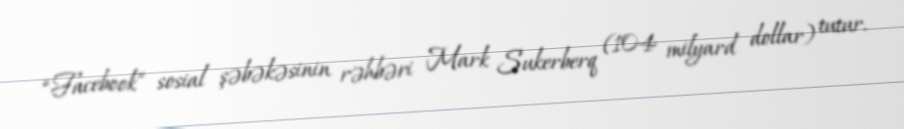
“Facebook” sosial şəbəkəsinin rəhbəri Mark Sukerberq (104 milyard dollar) tutur.